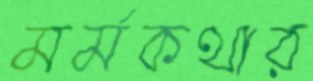
মর্মকথার